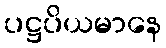
ပဋ္ဌပိယမာနေ